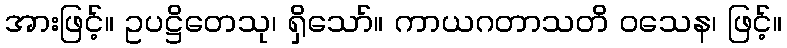
အားဖြင့်။ ဥပဋ္ဌိတေသု၊ ရှိသော်။ ကာယဂတာသတိ ဝသေန၊ ဖြင့်။